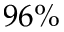
9 6 \%